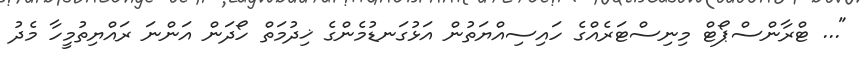
"... ޓްރާންސްޕޯޓް މިނިސްޓަރެއްގެ ހައިސިއްޔަތުން އަޅުގަނޑުމެންގެ ޚިދުމަތް ހޯދަން އަންނަ ރައްޔިތުމީހާ މެދު